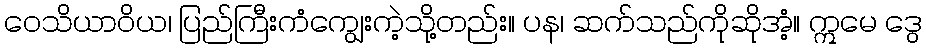
ဝေသိယာဝိယ၊ ပြည်ကြီးကံကျွေးကဲ့သို့တည်း။ ပန၊ ဆက်သည်ကိုဆိုအံ့။ ဣမေ ဒွေ